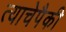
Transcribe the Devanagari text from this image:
त्याचेपैकी